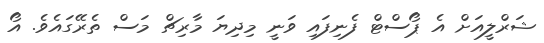
ޝަރްލީއަށް އެ ޕޯސްޓް ފެނިފައި ވަނީ މިދިޔަ މާރިޗް މަސް ތެރޭގައެވެ. އޯ